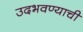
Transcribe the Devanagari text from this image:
उदभवण्याची